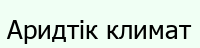
Аридтік климат